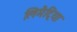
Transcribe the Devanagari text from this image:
लिमैट्रिया